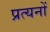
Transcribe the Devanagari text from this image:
प्रत्यनों